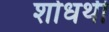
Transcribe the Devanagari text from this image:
शोधर्थी